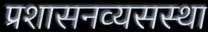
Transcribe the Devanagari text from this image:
प्रशासनव्यसस्था